Calcutta medical institutions reports 1879-81 [i.e.91]
Year: 1879
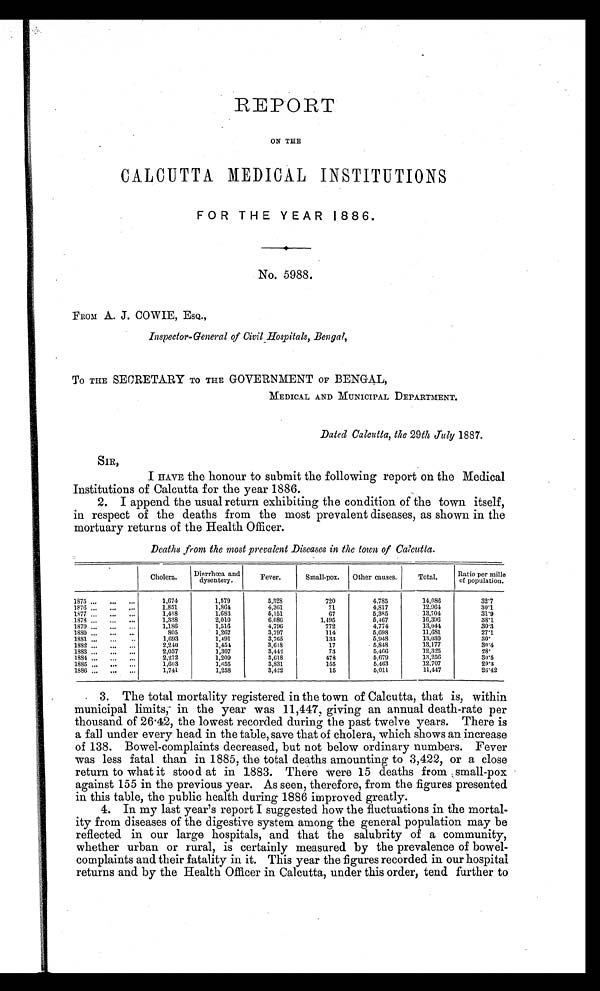
REPORT
ON THE
CALCUTTA MEDICAL INSTITUTIONS
FOR THE YEAR 1886.
No. 5988.
FROM A. J. COWIE, ESQ.,
Inspector-General of Civil Hospitals, Bengal,
To THE SECRETARY TO THE GOVERNMENT OF BENGAL,
MEDICAL AND MUNICIPAL DEPARTMENT.
Dated Calcutta, the 29th July 1887.
SIR,
I HAVE the honour to submit the following report on the Medical
Institutions of Calcutta for the year 1886.
2. I append the usual return exhibiting the condition of the town itself,
in respect of the deaths from the most prevalent diseases, as shown in the
mortuary returns of the Health Officer.
Deaths from the most prevalent Diseases in the town of Calcutta.
Cholera.
Diarrhœa and
dysentery.
Fever.
Small-pox. Other causes.
Total.
Ratio per mille
of population.
1875 ...
...
...
1,674
1,579
5,328
720
4,785
14,086
32.7
1876 ...
...
1,851
1,864
4,361
71
4,817
12,964
30.1
1877 ...
...
1,418
1,683
5,151
67
5,385
13,704
31.9
1878 ...
...
1,338
2,010
6,086
1,495
5,467
16,396
38.1
1879 ...
...
...
1,186
1,516
4,796
772
4,774
13,044
30.3
1880 ...
...
...
805
1,267
3,797
114
5,698
11,681
27.1
1881 ...
...
1,693
1,491
3,765
133
5,948
13,030
3 0 .
1882 ...
...
2,240
1,454
3,618
17
5,848
13,177
30.4
1883 ...
...
2,037
1,307
3,442
73
5,466
12,325
28.
1884 ...
...
2,272
1,209
3,618
478
5,679
13,256
30.5
1885 ...
...
1,603
1,655
3,831
155
5,463
12,707
29.3
1886 ...
...
1,741
1,258
3,422
15
5,011
11,447
26.42
3. The total mortality registered in the town of Calcutta, that is, within
municipal limits, in the year was 11,447, giving an annual death-rate per
thousand of 26.42, the lowest recorded during the past twelve years. There is
a fall under every head in the table, save that of cholera, which shows an increase
of 138. Bowel-complaints decreased, but not below ordinary numbers. Fever
was less fatal than in 1885, the total deaths amounting to 3,422, or a close
return to what it stood at in 1883. There were 15 deaths from small-pox
against 155 in the previous year. As seen, therefore, from the figures presented
in this table, the public health during 1886 improved greatly.
4. In my last year's report I suggested how the fluctuations in the mortal-
ity from diseases of the digestive system among the general population may be
reflected in our large hospitals, and that the salubrity of a community,
whether urban or rural, is certainly measured by the prevalence of bowel-
complaints and their fatality in it. This year the figures recorded in our hospital
returns and by the Health Officer in Calcutta, under this order, tend further to